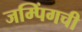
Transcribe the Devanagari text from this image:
जम्पिंगची